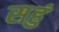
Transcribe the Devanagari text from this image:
सहुं